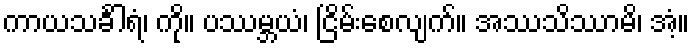
ကာယသင်္ခါရံ၊ ကို။ ပဿမ္ဘယံ၊ ငြိမ်းစေလျက်။ အဿသိဿာမိ၊ အံ့။